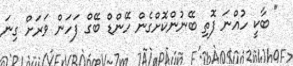
" ބާކީ ހުއްނަ ފޮތި ބޭނުންކޮށްގެން ހޭންޑް ބޭގް ފަހަން ވަރަށް ގިނަ